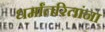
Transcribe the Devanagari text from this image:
धर्मांतरितांना